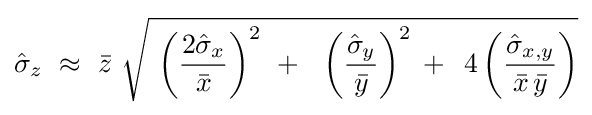
{\hat {\sigma }}_{z}\,\,\approx \,\,{\bar {z}}\,\,{\sqrt {\,\,\left({{2{\hat {\sigma }}_{x}} \over {\bar {x}}}\right)^{2}\,\,+\,\,\,\,\left({{{\hat {\sigma }}_{y}} \over {\bar {y}}}\right)^{2}\,+\,\,\,4\left({{{\hat {\sigma }}_{x,y}} \over {{\bar {x}}\,{\bar {y}}}}\right)}}